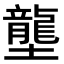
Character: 壟